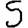
Digit: 5